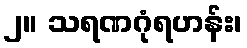
၂။ သရဏဂုံရဟန်း၊